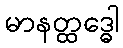
မာနတ္ထဒ္ဓေါ